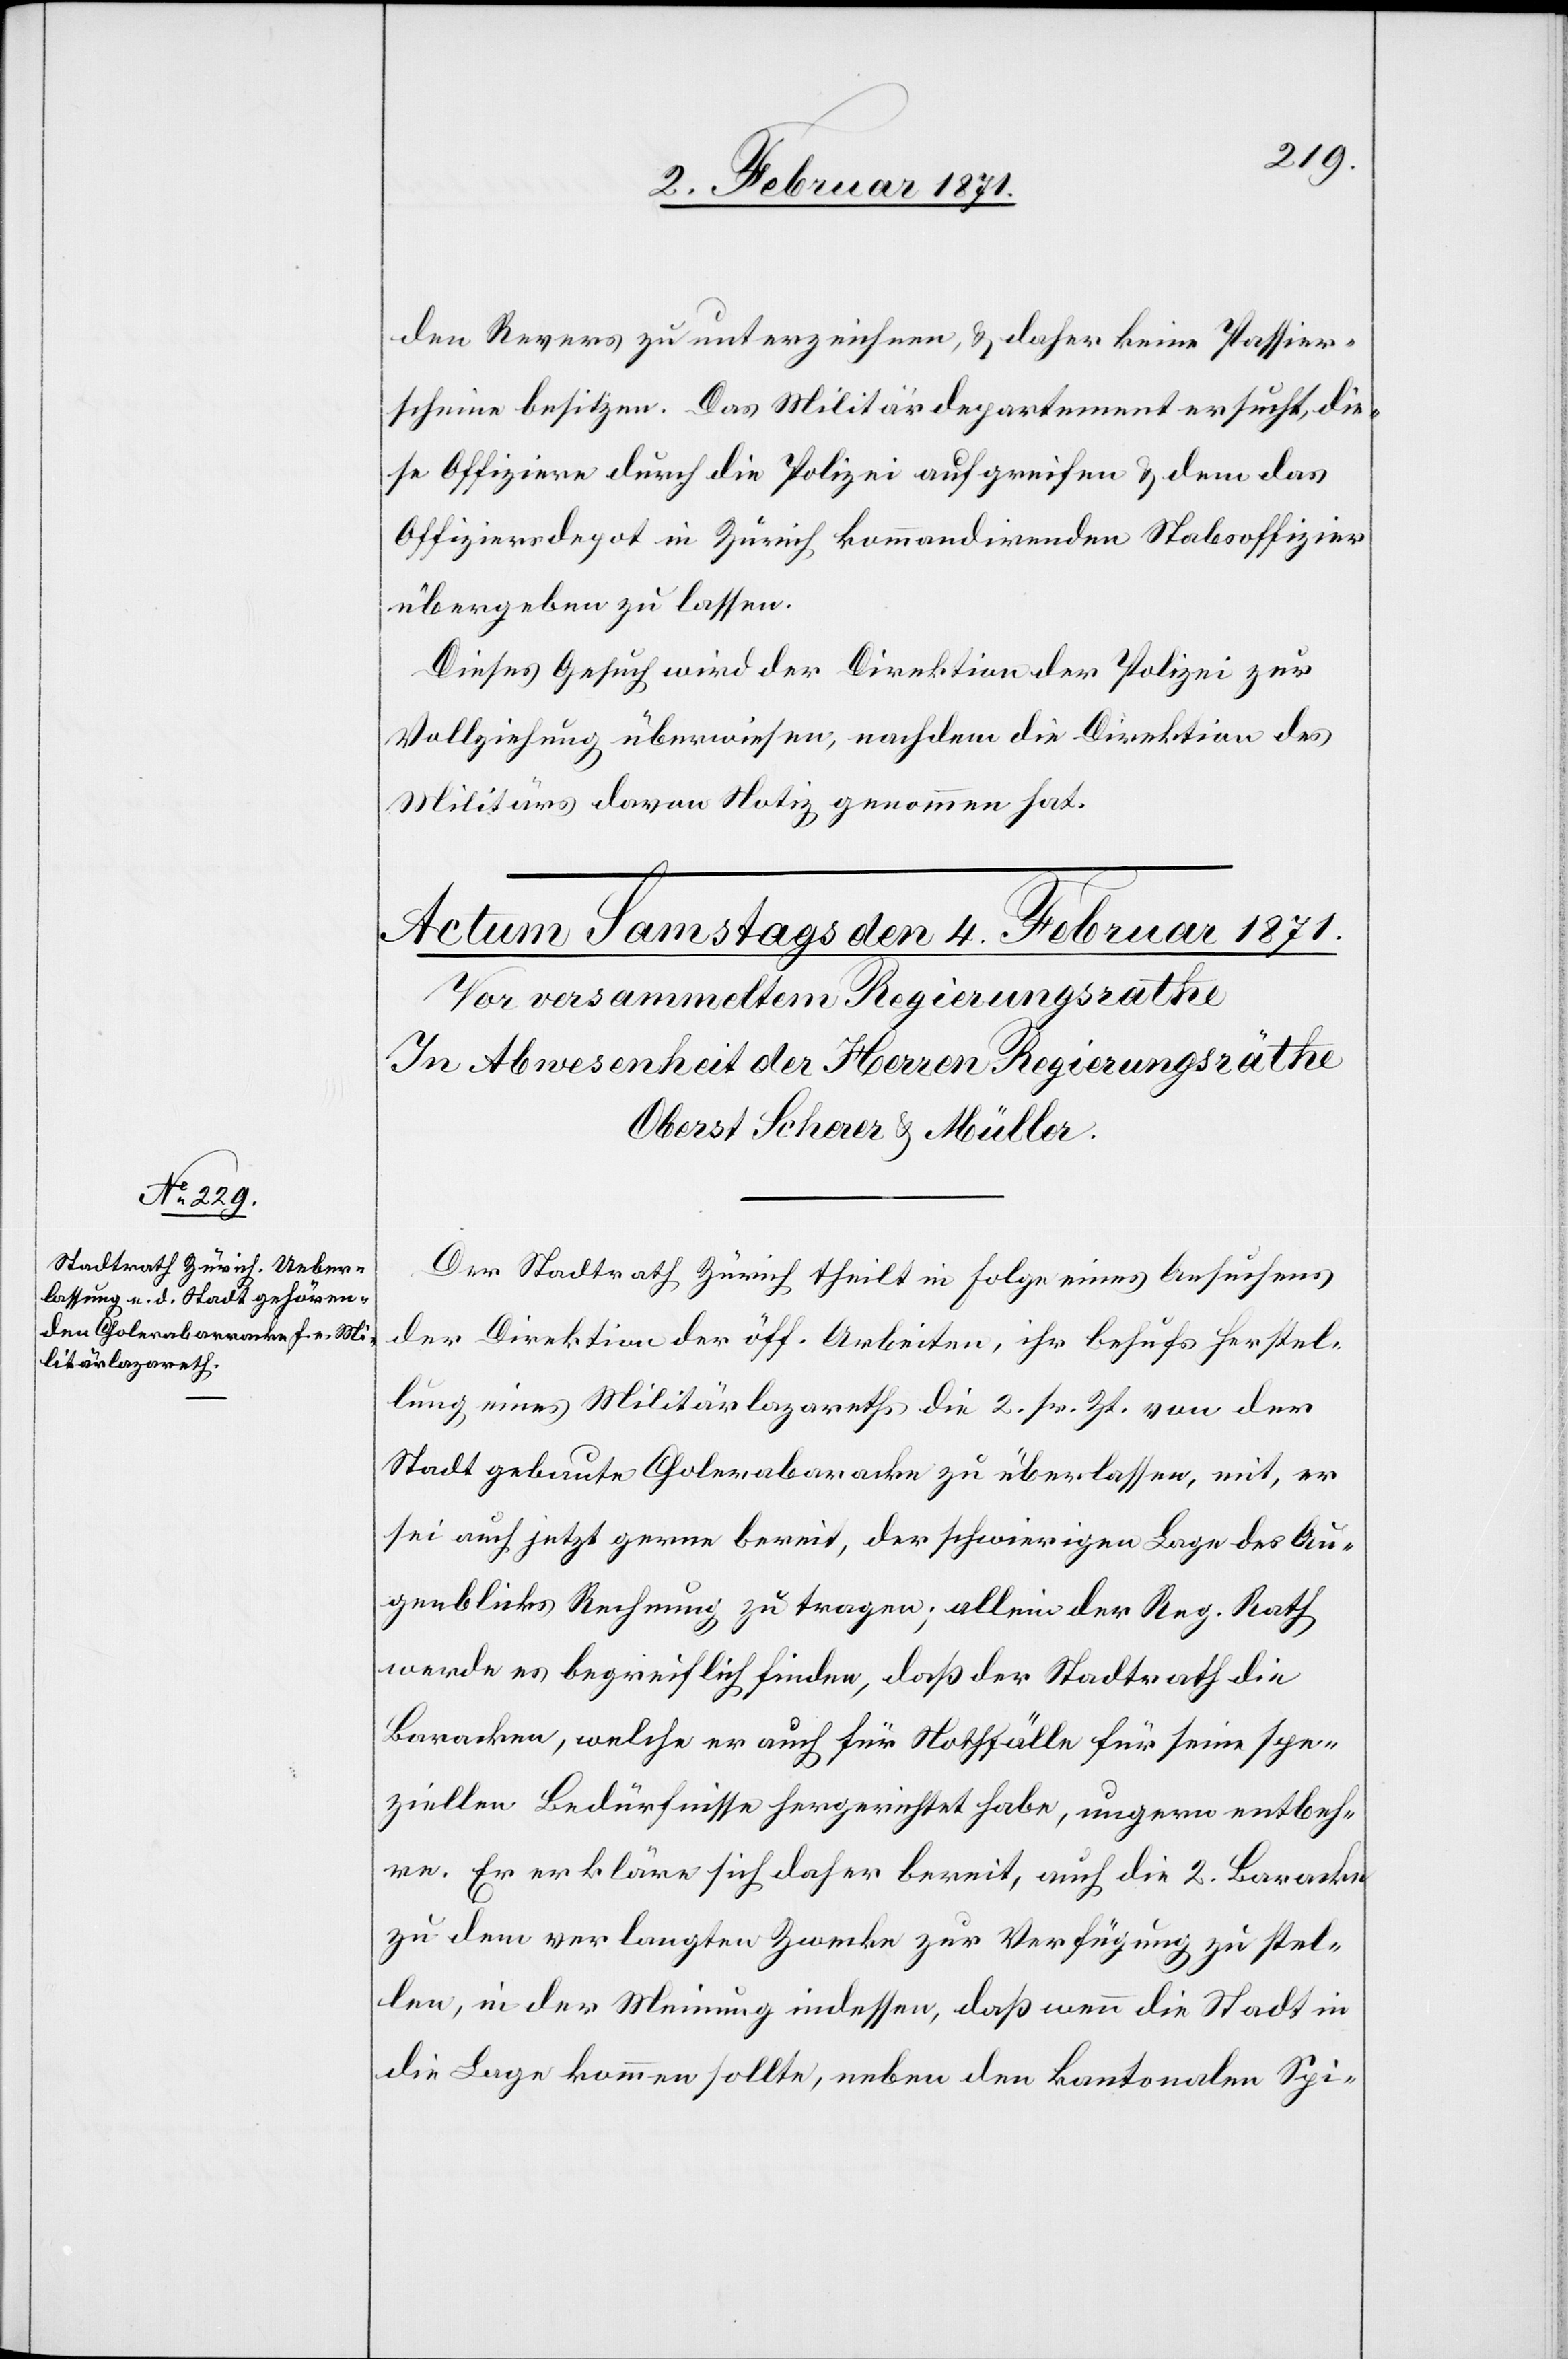
den Revers zu unterzeichnen, u. daher keine Passier¬
scheine besitzen. Das Militärdepartement ersucht, die¬
se Offiziere durch die Polizei aufgreifen u. dem das
Offiziersdepot in Zürich kommandirenden Staboffizier
übergeben zu lassen.
Dieses Gesuch wird der Direktion der Polizei zur
Vollziehung überwiesen, nachdem die Direktion des
Militärs davon Notiz genommen hat.
Der Stadtrath Zürich theilt in Folge eines Ansuchens
der Direktion der öff. Arbeiten, ihr behufs Herstel¬
lung eines Militärlazareths die 2. sr. Zt. von der
Stadt gebaute Cholerabaracke zu überlassen, mit, er
sei auch jetzt gerne bereit, der schwierigen Lage des Au¬
genblicks Rechnung zu tragen; allein der Reg. Rath
werde es begreiflich finden, daß der Stadtrath die
Baracken, welche er auch für Nothfälle für seine spe¬
ziellen Bedürfnisse hergerichtet habe, ungern entbeh¬
re. Er erkläre sich daher bereit, auch die 2. Baracke
zu dem verlangten Zwecke zur Verfügung zu stel¬
len, in der Meinung indessen, daß wenn die Stadt in
die Lage kommen sollte, neben den kantonalen Spi-